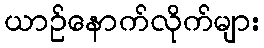
ယာဉ်နောက်လိုက်များ